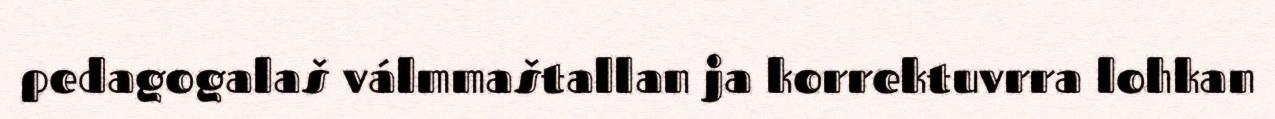
pedagogalaš válmmaštallan ja korrektuvrra lohkan